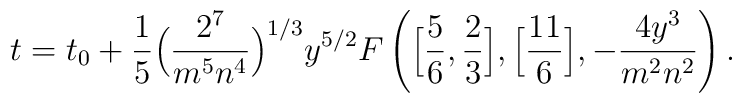
t = t_0 + {1 \over 5} \Big( {2^7 \over m^5 n^4} \Big)^{1/3} y^{5/2}F\left( \Big[ {5 \over 6} , {2 \over 3} \Big] , \Big[ {11 \over 6} \Big],- {4 y^3 \over m^2 n^2}\right).